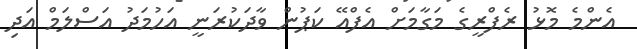
އެންމެ މޮޅު ރެފްރީގެ މަގާމަށް އެފްއޭ ކަޕުން ވާދަކުރަނީ އަހުމަދު އަސްލަމް އަދި